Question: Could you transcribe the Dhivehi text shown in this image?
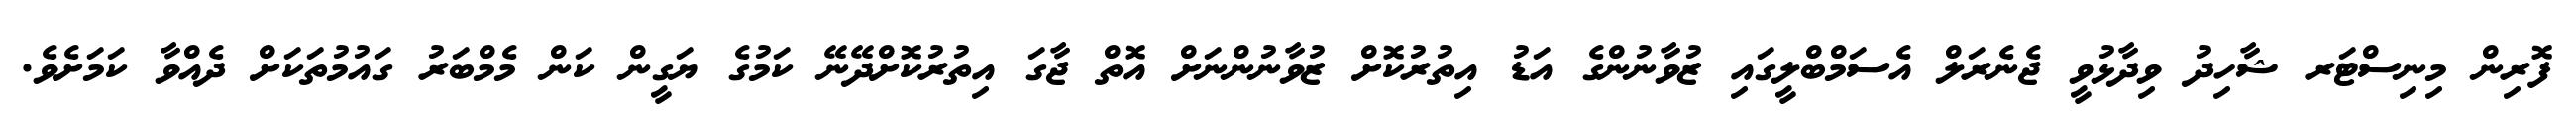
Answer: ފޮރިން މިނިސްޓަރ ޝާހިދު ވިދާޅުވީ ޖެނެރަލް އެސަމްބްލީގައި ޒުވާނުންގެ އަޑު އިތުރުކޮށް ޒުވާނުންނަށް އޮތް ޖާގަ އިތުރުކޮށްދޭނޭ ކަމުގެ ޔަގީން ކަން މެމްބަރު ގައުމުތަކަށް ދެއްވާ ކަމަށެވެ.